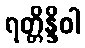
ရတ္တိန္ဒိဝါ